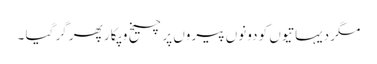
مگر دیہاتیوں کو دونوں پیروں پر چیخ و پکار پھر گر گیا ۔